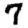
Digit: 7